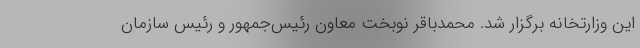
این وزارتخانه برگزار شد. محمدباقر نوبخت معاون رئیس‌جمهور و رئیس سازمان